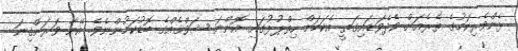
ޅެންވެރިކަމުގެ ތެރެއަށް ވެދެވަޑައިގަތީ އެކަމަށް ހިތްޕުޅުގައި އޮންނަ ޝަވްޤެއްގެ ބޮޑުކަމުންނެވެ. އޭނާ ވަރަށްގިނަ